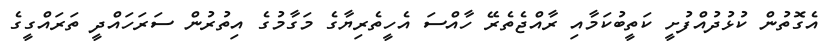
އެގޮތުން ކުޅުދުއްފުށީ ކަތީބުކަމާއި ރާއްޖެތެރޭ ހާއްސަ އެހީތެރިޔާގެ މަގާމުގެ އިތުރުން ސަރަހައްދީ ތަރައްގީގެ